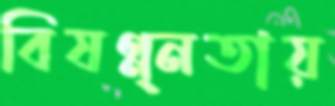
বিষণ্ন্নতায়